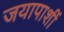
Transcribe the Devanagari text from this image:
जयापाशीं